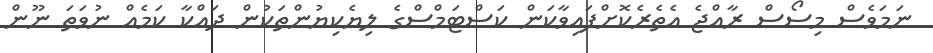
ނަމަވެސް މިސޯސް ރާއްޖެ އެތެރެކޮށްފައިވާކަން ކަސްޓަމްސްގެ ލިޔެކިޔުންތަކުން ދައްކާ ކަމެއް ނުވަތަ ނޫން